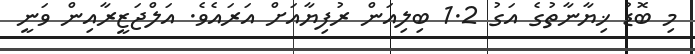
މި ބޮޑު ޚިޔާނާތުގެ އަގު 1.2 ބިލިއަން ރުފިޔާއަށް އަރައެވެ. އަލްޖަޒީރާއިން ވަނީ